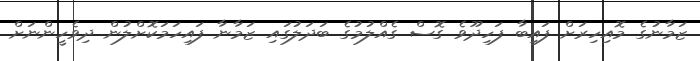
ޒަމާނުގެ މޮއިހިރަށް ފައިބާ ފަހިދޫވެ ގޮސް ގެއްލުމުގެ ބަދަލުގައި ޒަމާނާ ފައިހަމަކޮށްލުން ދިވެހީންނަށް